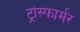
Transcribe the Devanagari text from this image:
ट्रांस्फार्मर